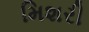
મિશરી